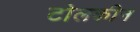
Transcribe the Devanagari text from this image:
टोलकीन